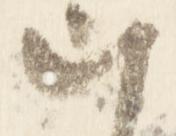
朝